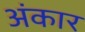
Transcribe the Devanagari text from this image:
अंकार